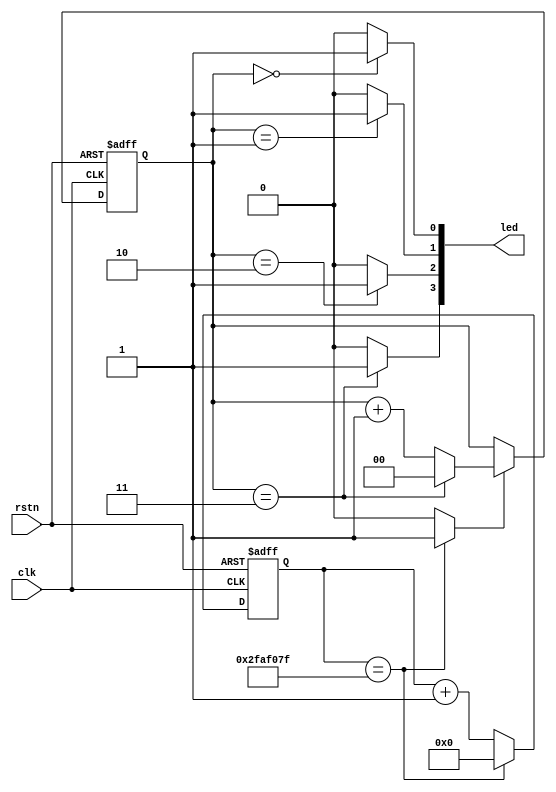
module led_ctrl_cnt (clk,rstn,led);
input clk;  // 50MHz (20ns)
input rstn;
output [3:0] led;

reg [31:0] cnt_1pps;
reg	[1:0]  cnt_4s;  // 4 sec counter 
wire       onepps;
// 1pps generator (counter)
always@(posedge clk or negedge rstn)
begin
	if(~rstn)
		cnt_1pps <= 'h0; // width = 32bit 
	else if(cnt_1pps == 'd49999999) // 50MHz -1 
		cnt_1pps <= 'h0;
	else
		cnt_1pps <= cnt_1pps + 1'b1;
end
// pusle width 20ns, pulse period : 1 second
assign onepps = (cnt_1pps == 'd49999999) ? 1'b1 : 1'b0;
// 4sec generator (counter) style 1
always@(posedge clk or negedge rstn)
begin
	if(~rstn)
		cnt_4s <= 'h0; // width = 32bit 
	else if(onepps) begin
		if(cnt_4s == 'd3)
			cnt_4s <= 'h0;
		else
			cnt_4s <= cnt_4s + 1'b1;
	end
	else
		cnt_4s <= cnt_4s;	
end
// 4sec generator (counter) style 2
//always@(posedge clk or negedge rstn)
//begin
//	if(~rstn)
//		cnt_4s <= 'h0; // width = 32bit 
//	else if((cnt_4s == 'd3)&& onepps) // 50MHz -1 
//		cnt_4s <= 'h0;
//	else if(onepps)
//		cnt_4s <= cnt_4s + 1'b1;
//	else
//		cnt_4s <= cnt_4s;	
//end
// same as
//always@(posedge clk or negedge rstn)
//begin
//	if(~rstn)
//		cnt_4s <= 'h0; // width = 32bit 
//	else if(onepps)
//		cnt_4s <= cnt_4s + 1'b1;
//	else
//		cnt_4s <= cnt_4s;
//end

assign led[0] = (cnt_4s == 'h0) ? 1'b1 : 1'b0;
assign led[1] = (cnt_4s == 'h1) ? 1'b1 : 1'b0;
assign led[2] = (cnt_4s == 'h2) ? 1'b1 : 1'b0;
assign led[3] = (cnt_4s == 'h3) ? 1'b1 : 1'b0;
endmodule